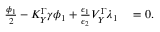
\begin{array} { r l } { \frac { \phi _ { 1 } } { 2 } - K _ { Y } ^ { \Gamma } \gamma \phi _ { 1 } + \frac { \epsilon _ { 1 } } { \epsilon _ { 2 } } V _ { Y } ^ { \Gamma } \lambda _ { 1 } } & { { } = 0 . } \end{array}